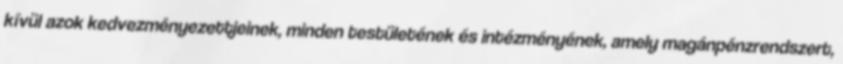
kívül azok kedvezményezettjeinek, minden testületének és intézményének, amely magánpénzrendszert,